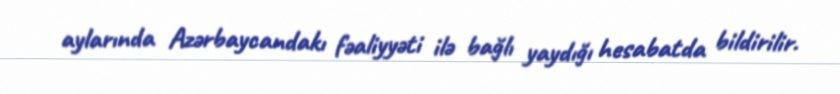
aylarında Azərbaycandakı fəaliyyəti ilə bağlı yaydığı hesabatda bildirilir.